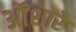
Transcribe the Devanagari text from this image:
ऑशारे